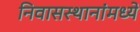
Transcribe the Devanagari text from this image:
निवासस्थानांमध्ये